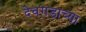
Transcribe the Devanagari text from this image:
देवगडाच्या